Annual administration report of the Civil Veterinary Department of India - 1908-1909
Year: 1908
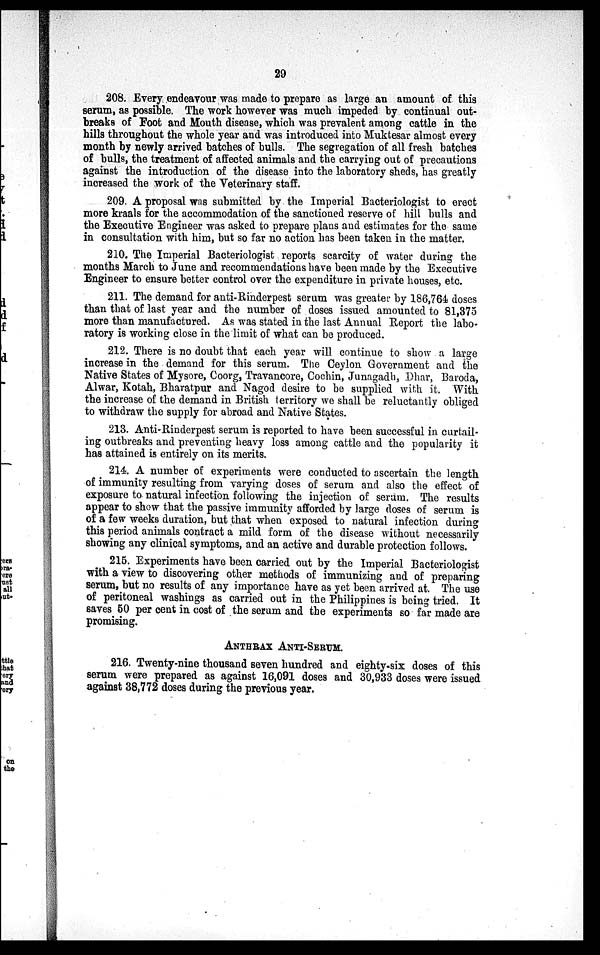
29
208. Every endeavour was made to prepare as large an amount of this
serum, as possible. The work however was much impeded by continual out-
breaks of Foot and Mouth disease, which was prevalent among cattle in the
hills throughout the whole year and was introduced into Muktesar almost every
month by newly arrived batches of bulls. The segregation of all fresh batches
of bulls, the treatment of affected animals and the carrying out of precautions
against the introduction of the disease into the laboratory sheds, has greatly
increased the work of the Veterinary staff.
209. A proposal was submitted by the Imperial Bacteriologist to erect
more kraals for the accommodation of the sanctioned reserve of hill bulls and
the Executive Engineer was asked to prepare plans and estimates for the same
in consultation with him, but so far no action has been taken in the matter.
210. The Imperial Bacteriologist reports scarcity of water during the
months March to June and recommendations have been made by the Executive
Engineer to ensure better control over the expenditure in private houses, etc.
211. The demand for anti-Rinderpest serum was greater by 186,764 doses
than that of last year and the number of doses issued amounted to 81,375
more than manufactured. As was stated in the last Annual Report the labo-
ratory is working close in the limit of what can be produced.
212. There is no doubt that each year will continue to show a large
increase in the demand for this serum. The Ceylon Government and the
Native States of Mysore, Coorg, Travancore, Cochin, Junagadh, Dhar, Baroda,
Alwar, Kotah, Bharatpur and Nagod desire to be supplied with it. With
the increase of the demand in British territory we shall be reluctantly obliged
to withdraw the supply for abroad and Native States.
213. Anti-Rinderpest serum is reported to have been successful in curtail-
ing outbreaks and preventing heavy loss among cattle and the popularity it
has attained is entirely on its merits.
214. A number of experiments were conducted to ascertain the length
of immunity resulting from varying doses of serum and also the effect of
exposure to natural infection following the injection of seram. The results
appear to show that the passive immunity afforded by large doses of serum is
of a few weeks duration, but that when exposed to natural infection during
this period animals contract a mild form of the disease without necessarily
showing any clinical symptoms, and an active and durable protection follows.
215. Experiments have been carried out by the Imperial Bacteriologist
with a view to discovering other methods of immunizing and of preparing
serum, but no results of any importance have as yet been arrived at. The use
of peritoneal washings as carried out in the Philippines is being tried. It
saves 50 per cent in cost of the serum and the experiments so far made are
promising.
ANTHRAX ANTI-SERUM.
216. Twenty-nine thousand seven hundred and eighty-six doses of this
serum were prepared as against 16,091 doses and 30,933 doses were issued
against 38,772 doses during the previous year.